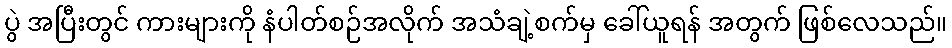
ပွဲ အပြီးတွင် ကားများကို နံပါတ်စဉ်အလိုက် အသံချဲ့စက်မှ ခေါ်ယူရန် အတွက် ဖြစ်လေသည်။